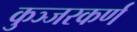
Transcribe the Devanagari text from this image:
कुञ्जरकर्ण